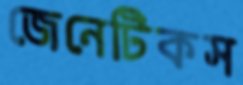
জেনেটিকস